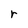
Character: r